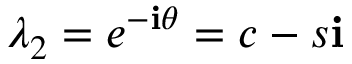
\lambda _ { 2 } = e ^ { - \mathbf { i } \theta } = c - s \mathbf { i }